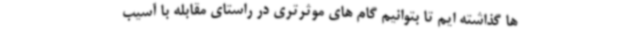
ها گذاشته ایم تا بتوانیم گام های موثرتری در راستای مقابله با آسیب